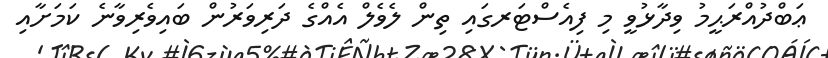
ޢަބްދުއްރަޙީމު ވިދާޅުވީ މި ފިއެސްޓަރގައި ތިން ލެވެލް އެއްގެ ދަރިވަރުން ބައިވެރިވާނެ ކަމަށާއި